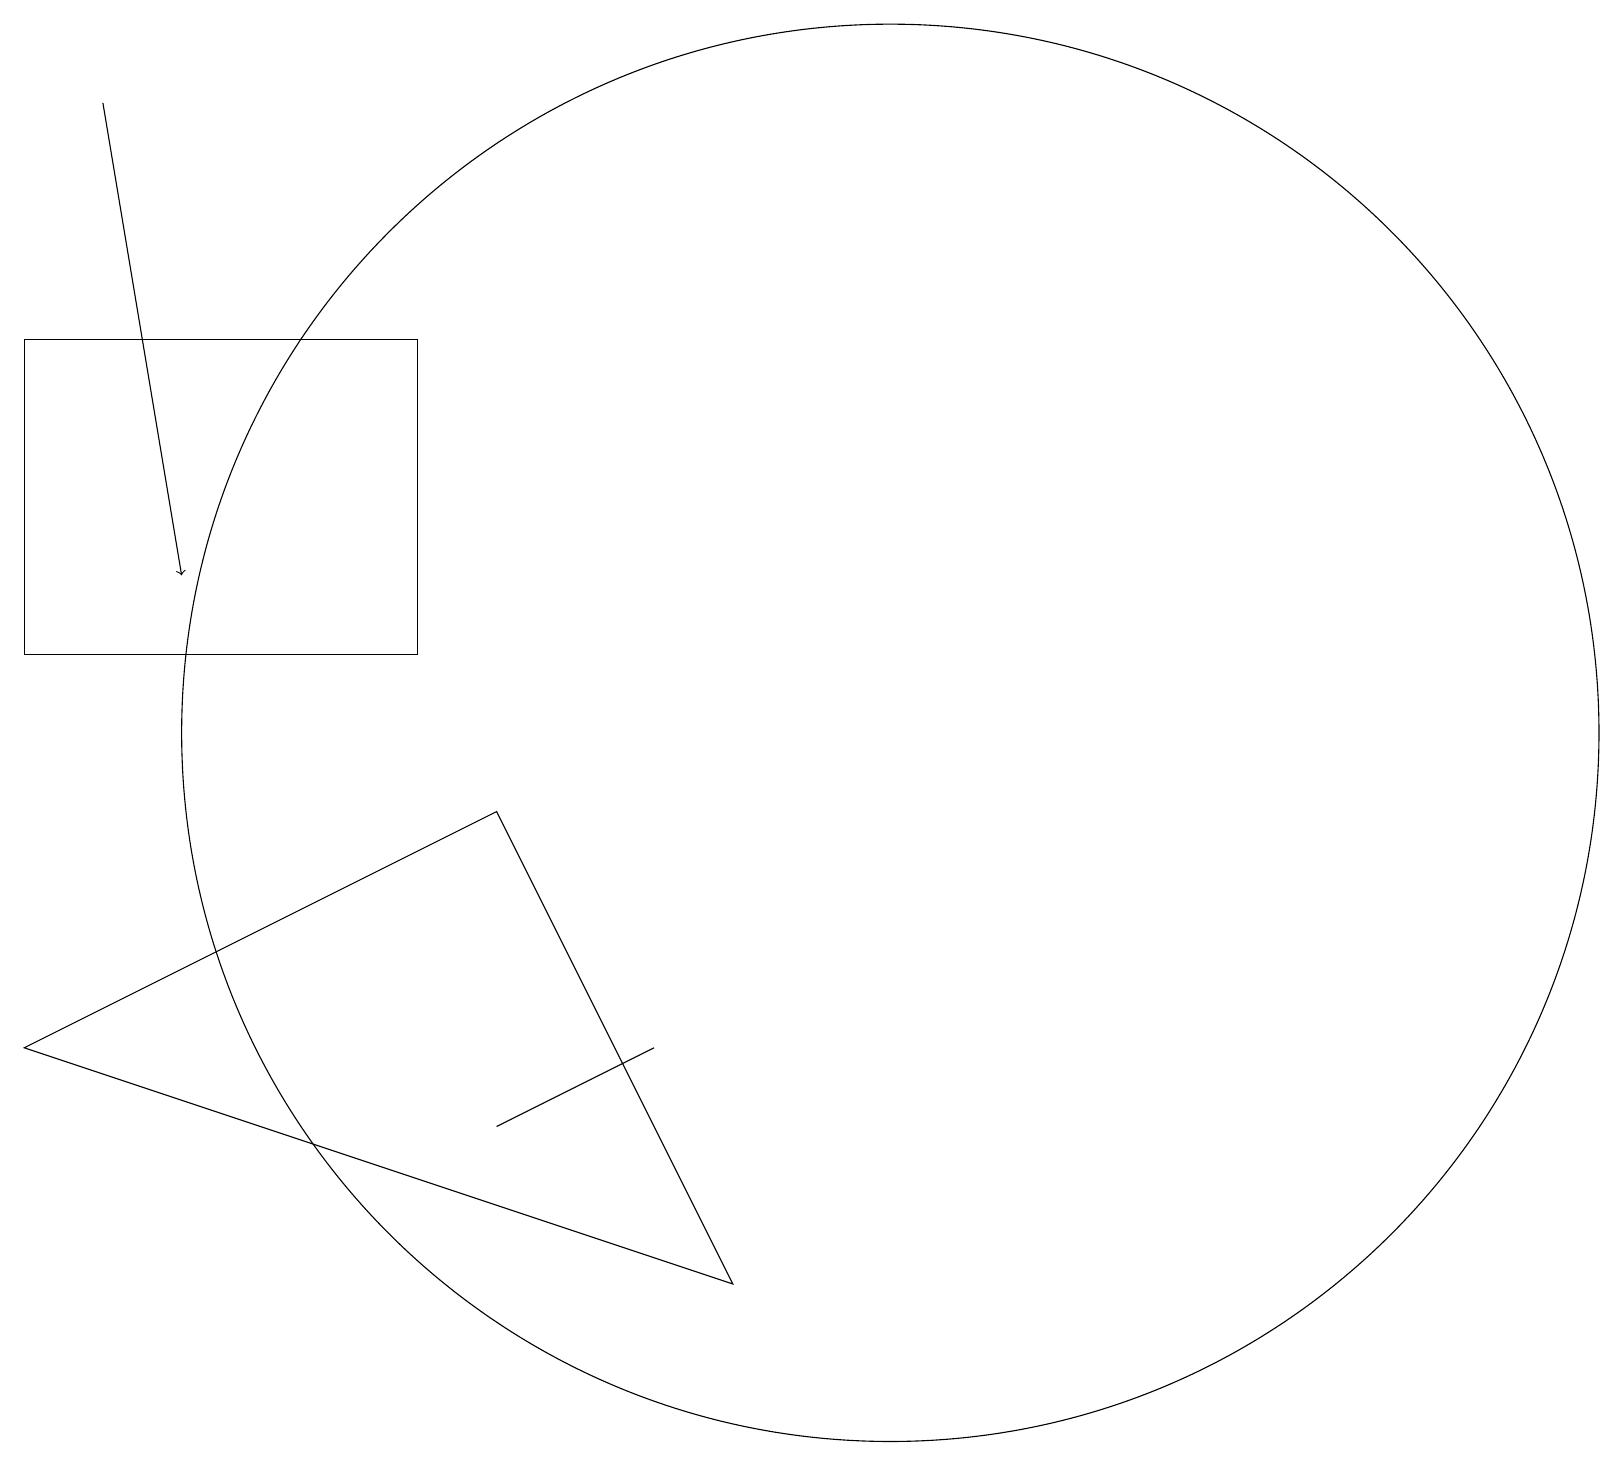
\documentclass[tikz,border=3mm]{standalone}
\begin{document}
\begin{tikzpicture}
\draw (5,15) rectangle (0,11);
\draw[->] (1,18) -- (2,12);
\draw (11,10) circle (9);
\draw (8,6) -- (6,5) -- (6,5) -- cycle;
\draw (0,6) -- (6,9) -- (9,3) -- cycle;
\draw (11,10) circle (0);
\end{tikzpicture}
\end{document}